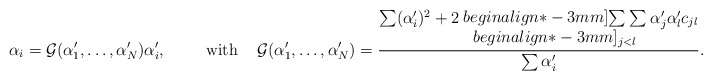
\begin{align*}\alpha_i={\cal{G}}(\alpha'_1, \ldots , \alpha'_N) \alpha'_i,\hspace{10mm} \mbox{with} \hspace{5mm}{\cal{G}}(\alpha'_1, \ldots , \alpha'_N)=\frac{\sum(\alpha'_i)^2+2\!\begin{array}{c} {} \\begin{align*}-3mm] {\sum\sum} \\begin{align*}-3mm] {}_{j<l} \end{array} \! \alpha'_j \alpha'_l c_{jl}} {\sum\alpha'_i} .\end{align*}